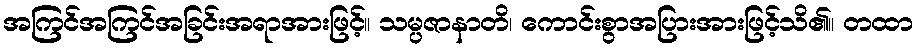
အကြင်အကြင်အခြင်းအရာအားဖြင့်။ သမ္ပဇာနာတိ၊ ကောင်းစွာအပြားအားဖြင့်သိ၏။ တထာ